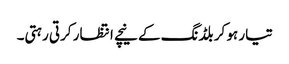
تیار ہو کر بلڈنگ کے نیچے انتظار کرتی رہتی۔